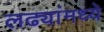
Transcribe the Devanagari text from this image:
लढ्यांमध्ये